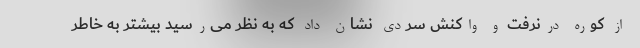
از کوره درنرفت و واکنش سردی نشان داد که به نظر می‌رسید بیشتر به خاطر